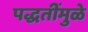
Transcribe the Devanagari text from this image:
पद्धतींमुळे